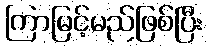
ကြာမြင့်မည်ဖြစ်ပြီး